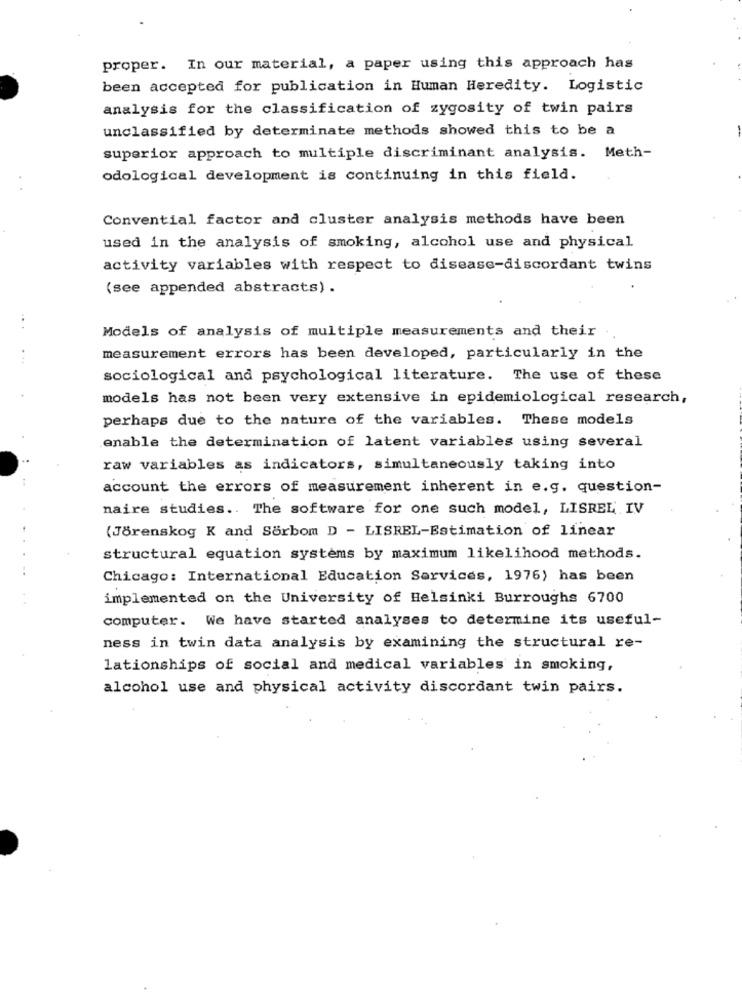
proper. In our material, a paper using this approach has
been accepted for publication in Human Heredity. Logistic
analysis for the classification of zygosity of twin pairs
unclassified by determinate methods showed this to be a
superior approach to multiple discriminant analysis. Meth-
odological development is continuing in this field.
Convential factor and cluster analysis methods have been
used in the analysis of smoking, alcohol use and physical
activity variables with respect to disease-discordant twins
(see appended abstracts) .
Models of analysis of multiple measurements and their
measurement errors has been developed, particularly in the
sociological and psychological literature. The use of these
models has not been very extensive in epidemiological research,
perhaps due to the nature of the variables. These models
enable the determination of latent variables using several
raw variables as indicators, simultaneously taking into
account the errors of measurement inherent in e.g. question-
naire studies .. The software for one such model, LISREL IV
(Jörenskog K and Sorbom D - LISREL-Estimation of linear
structural equation systems by maximum likelihood methods.
Chicago: International Education Services, 1976) has been
implemented on the University of Helsinki Burroughs 6700
computer. We have started analyses to determine its useful-
ness in twin data analysis by examining the structural re-
lationships of social and medical variables in smoking,
alcohol use and physical activity discordant twin pairs.